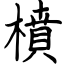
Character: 橨